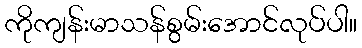
ကိုကျန်းမာသန်စွမ်းအောင်လုပ်ပါ။